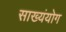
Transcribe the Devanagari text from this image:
साख्यंयोग